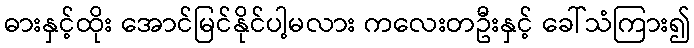
ဓားနှင့်ထိုး အောင်မြင်နိုင်ပါ့မလား ကလေးတဦးနှင့် ခေါ်သံကြား၍